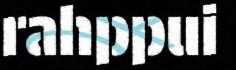
rahppui